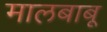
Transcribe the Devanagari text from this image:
मालबाबू